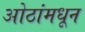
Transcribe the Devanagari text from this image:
ओठांमधून